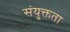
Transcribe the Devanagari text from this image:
संयु्क्तता